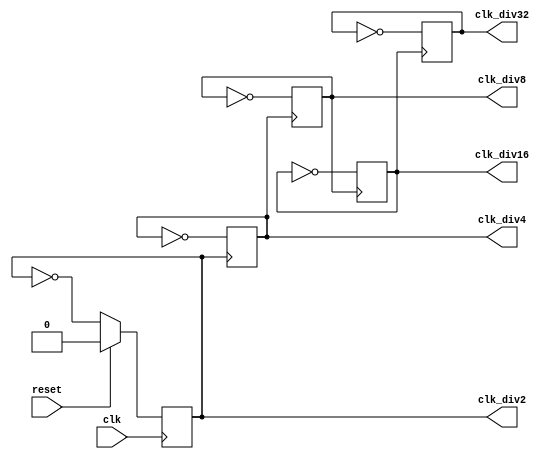
module clockdivider(
  input clk,
  input reset,
  output clk_div2,
  output clk_div4,
  output clk_div8,
  output clk_div16,
  output clk_div32
);
  
  always @(posedge clk)
    clk_div2 <= reset ? 0: ~clk_div2;
  
  always @(posedge clk_div2)
    clk_div4 <= ~clk_div4;
    
  always @(posedge clk_div4)
    clk_div8 <= ~clk_div8;
  
  always @(posedge clk_div8)
    clk_div16 <= ~clk_div16;
  
  always @(posedge clk_div16)
    clk_div32 <= ~clk_div32;

endmodule